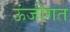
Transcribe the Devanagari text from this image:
ऊंजीगत